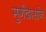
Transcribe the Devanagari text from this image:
मुर्गदासने